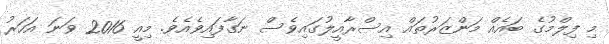
މި ފިލްމުގެ ބައެއް މަންޒަރުތައް އިސްރާއީލުގައިވެސް ނަގާފައިވެއެވެ. މިއީ 2016 ވަނަ އަހަރު